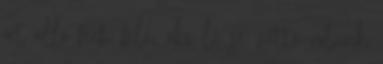
őrt álló férfi felé, aki le se vette rólunk